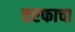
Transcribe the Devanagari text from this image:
तरफाचा